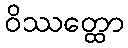
ဝိဿတ္ထော